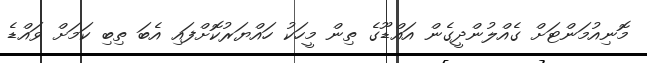
މޮނިއުމަންޓަށް ގެއްލުންދީގެން އައްޑޫގެ ތިން މީހަކު ހައްޔަރުކޮށްފައި އެބަ ތިބި ކަމަށް ވައްޑެ